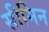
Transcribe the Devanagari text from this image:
सीमिन